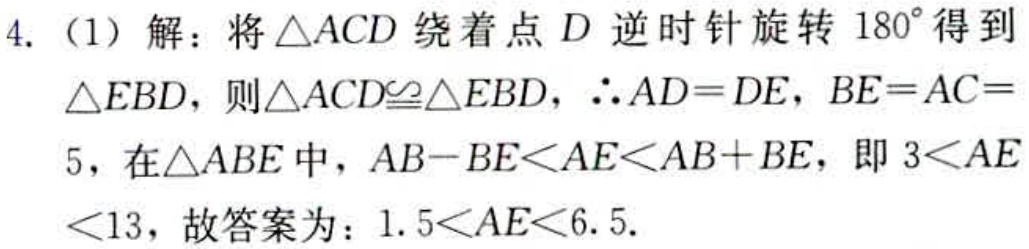
4.（1）解：将\(\triangle ACD\)绕着点\(D\)逆时针旋转\(180^{\circ}\)得到\(\triangle EBD\)，则\(\triangle ACD\cong\triangle EBD\)，\(\therefore AD = DE\)，\(BE = AC = 5\)，在\(\triangle ABE\)中，\(AB - BE<AE<AB + BE\)，即\(3<AE<13\)，故答案为：\(1.5<AE<6.5\).